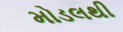
મોડલથી